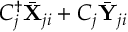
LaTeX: { C _ { j } ^ { \dag } { \bar { \bf X } } _ { j i } + C _ { j } { \bar { \bf Y } } _ { j i } }